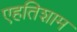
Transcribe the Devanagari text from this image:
एहतिशाम